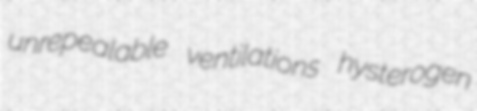
unrepealable ventilations hysterogen